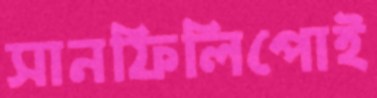
সানফিলিপোই